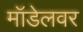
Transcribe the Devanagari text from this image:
मॉडेलवर